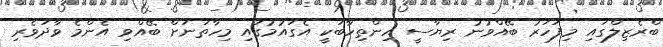
ބްރެޒިލްގައި މިފަހަރު ބޭއްވުނު ރިޔާސީ އިންތިހާބަކީ އެގައުމުގައި މިހާތަނަށް ބޭއްވި އެންމެ ވާދަވެރި